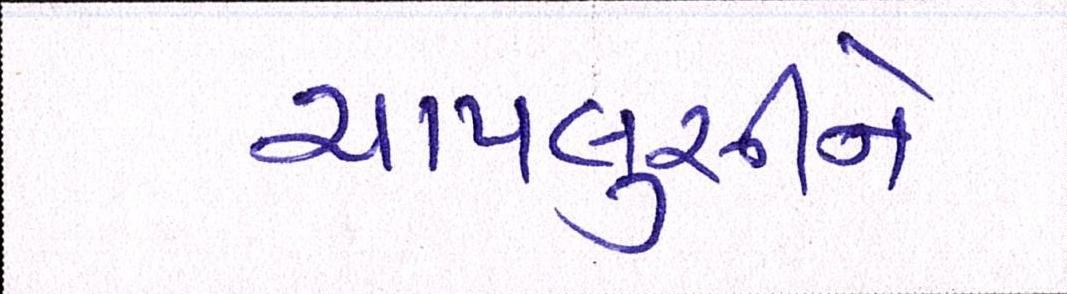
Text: ચાપલુસીને